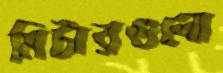
মিটারগুলো